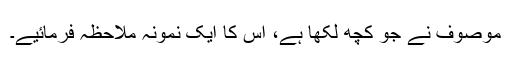
موصوف نے جو کچھ لکھا ہے، اس کا ایک نمونہ ملاحظہ فرمائیے۔